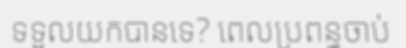
ទទួលយកបានទេ? ពេលប្រពន្ធចាប់